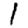
Digit: 1